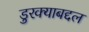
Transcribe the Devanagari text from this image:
डुरक्याबद्दल